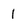
Character: 1